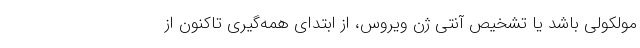
مولکولی باشد یا تشخیص آنتی ژن ویروس، از ابتدای همه‌گیری تاکنون از